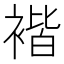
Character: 𧚻